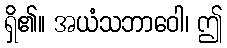
ရှိ၏။ အယံသဘာဝေါ၊ ဤ